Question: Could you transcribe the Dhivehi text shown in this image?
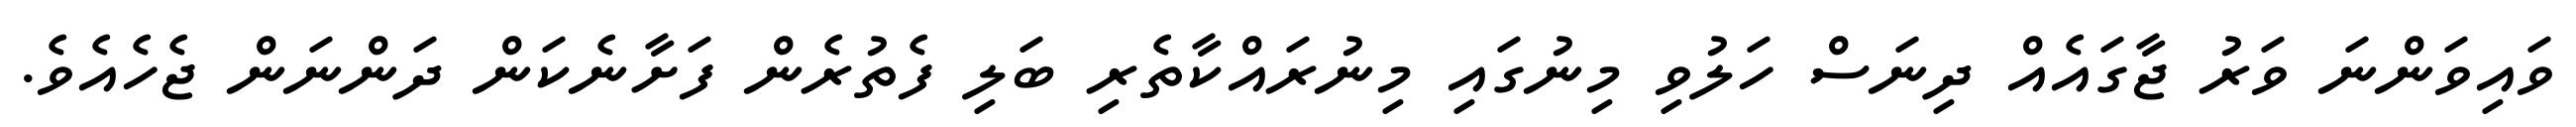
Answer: ވައިވަންނަ ވަރު ޖާގައެއް ދިނަސް ހަލުވި މިނުގައި މިނުރައްކާތެރި ބަލި ފެތުރެން ފަށާނެކަން ދަންނަން ޖެހެއެވެ.